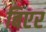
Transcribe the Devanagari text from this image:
बिएर